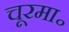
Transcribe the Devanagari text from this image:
चूरमा॰